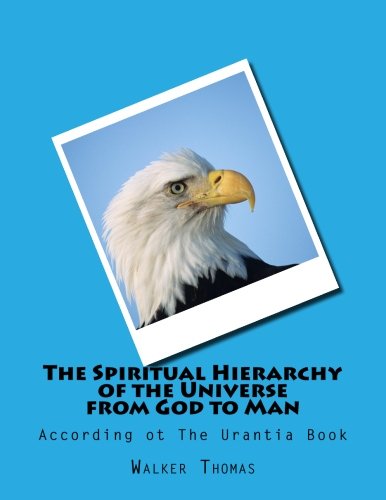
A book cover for The Spiritual Hierarchy of the Universe from God to Man: According ot The Urantia Book (PEACE PLEASE: 1,000 Proposals to Transform the Planet and ... Peace and Prosperity for All - No Exceptions); Walker Thomas; Religion & Spirituality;